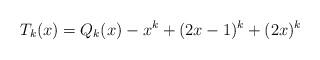
LaTeX: \begin{align*} T_{k}(x)=Q_{k}(x)-x^k+ (2x-1)^k+(2x)^k\end{align*}